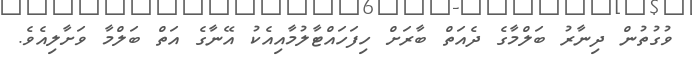
ވުގުތުން ދިނާރު ބަލްމާގެ ދެއަތް ބާރަށް ހިފަހައްޓާލުމާއިއެކު އޭނާގެ އަތް ބަލްމާ ވަށާލިއެވެ.